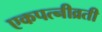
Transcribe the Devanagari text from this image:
एकपत्नीव्रती